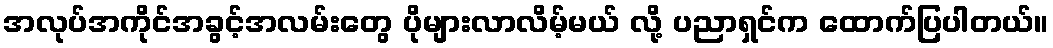
အလုပ်အကိုင်အခွင့်အလမ်းတွေ ပိုများလာလိမ့်မယ် လို့ ပညာရှင်က ထောက်ပြပါတယ်။